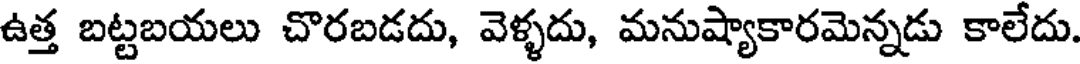
ఉత్త బట్టబయలు చొరబడదు, వెళ్ళదు, మనుష్యాకారమెన్నడు కాలేదు.